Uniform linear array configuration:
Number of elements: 24
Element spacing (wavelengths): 0.5
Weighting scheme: blackman
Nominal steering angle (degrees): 30
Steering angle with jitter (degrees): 28.983
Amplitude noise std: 0.05
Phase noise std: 0.05

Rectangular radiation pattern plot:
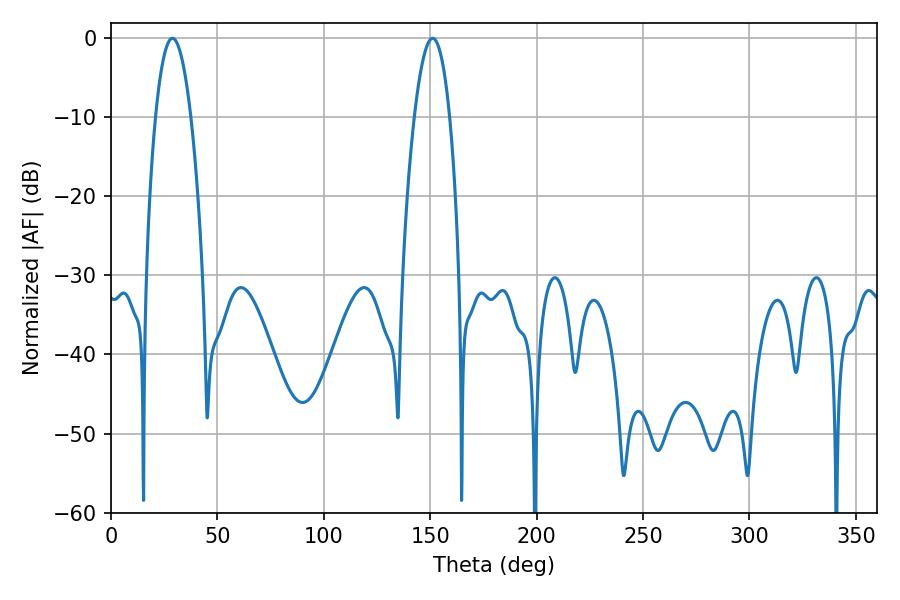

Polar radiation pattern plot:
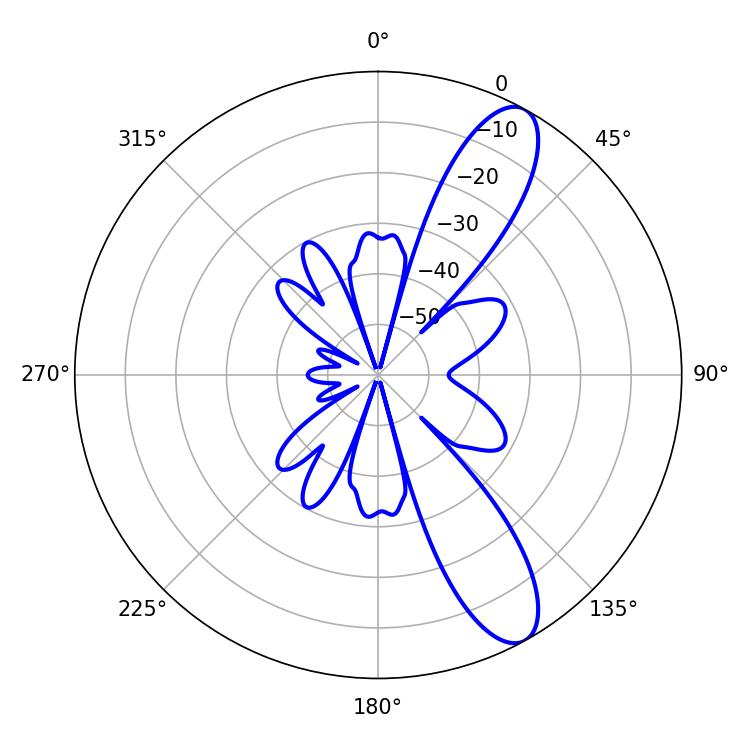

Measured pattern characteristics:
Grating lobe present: FALSE
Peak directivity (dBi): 10.798
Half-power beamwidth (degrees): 9
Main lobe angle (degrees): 28.8